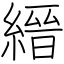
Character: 縉